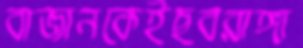
বাজানকেইছবরাঙ্গা